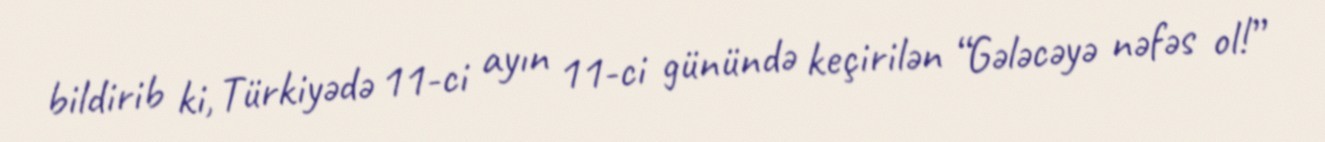
bildirib ki, Türkiyədə 11-ci ayın 11-ci günündə keçirilən “Gələcəyə nəfəs ol!”